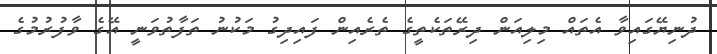
ދުނިޔޭގައިވާ އެތައް މިލިއަން ދިރޭތަކެތީގެ ތެރެއިން ފައިދިގު މަކުނު ތަފާތުވަނީ އޭގެ ވާފުރުމުގެ